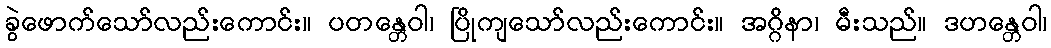
ခွဲဖောက်သော်လည်းကောင်း။ ပတန္တေဝါ၊ ပြိုကျသော်လည်းကောင်း။ အဂ္ဂိနာ၊ မီးသည်။ ဒဟန္တေဝါ၊